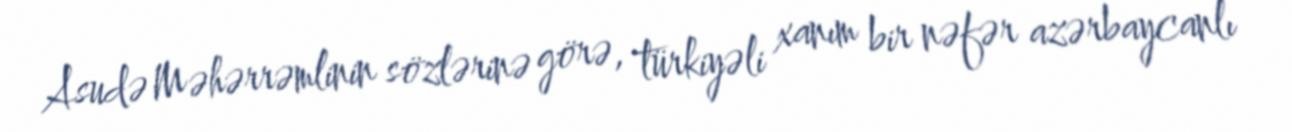
Asudə Məhərrəmlinin sözlərinə görə, türkiyəli xanım bir nəfər azərbaycanlı